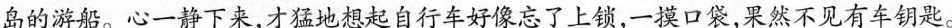
岛的游船。心一静下来，才猛地想起自行车好像忘了上锁，一摸口袋，果然不见有车钥匙。